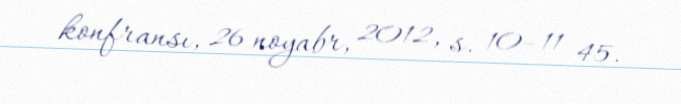
konfransı, 26 noyabr, 2012, s. 10–11 45.